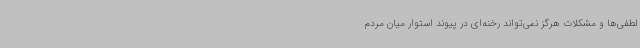
لطفی‌ها و مشکلات هرگز نمی‌تواند رخنه‌ای در پیوند استوار میان مردم